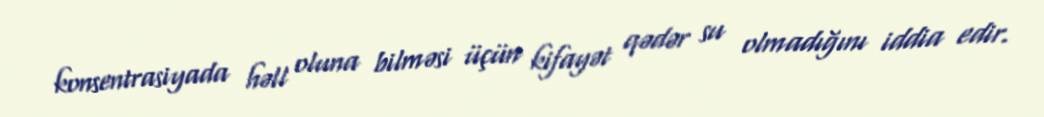
konsentrasiyada həll oluna bilməsi üçün kifayət qədər su olmadığını iddia edir.